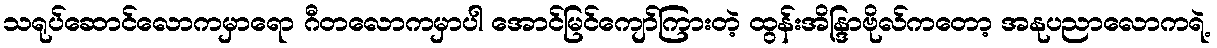
သရုပ်ဆောင်လောကမှာရော ဂီတလောကမှာပါ အောင်မြင်ကျော်ကြားတဲ့ ထွန်းအိန္ဒြာဗိုလ်ကတော့ အနုပညာလောကရဲ့